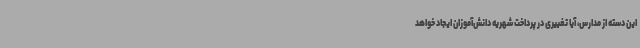
این دسته از مدارس، آیا تغییری در پرداخت شهریه دانش‌آموزان ایجاد خواهد